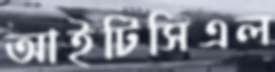
আইটিসিএল